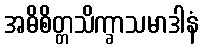
အဓိစိတ္တသိက္ခာသမာဒါနံ